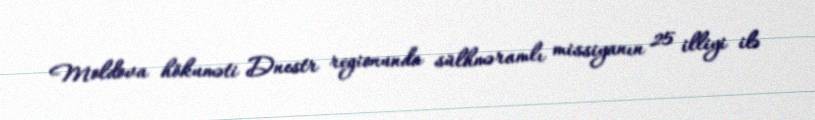
Moldova hökuməti Dnestr regionunda sülhməramlı missiyanın 25 illiyi ilə